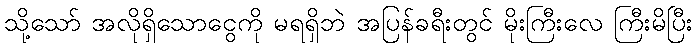
သို့သော် အလိုရှိသောငွေကို မရရှိဘဲ အပြန်ခရီးတွင် မိုးကြီးလေ ကြီးမိပြီး